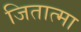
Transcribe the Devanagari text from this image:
जितात्मा